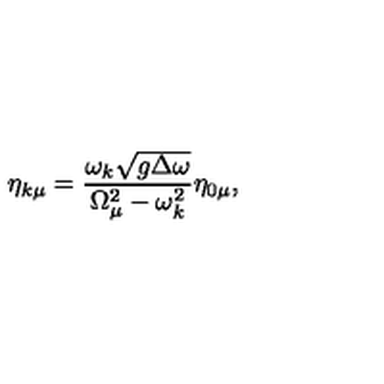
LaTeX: \eta _ { k \mu } = \frac { \omega _ { k } \sqrt { g \Delta \omega } } { \Omega _ { \mu } ^ { 2 } - \omega _ { k } ^ { 2 } } \eta _ { 0 \mu } ,